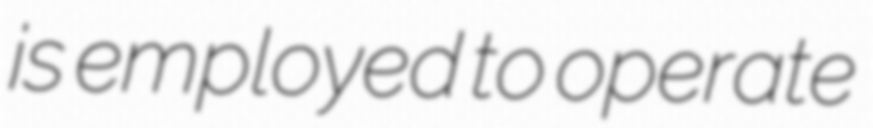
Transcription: is employed to operate